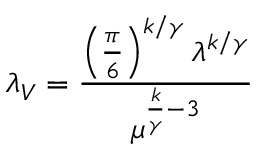
\lambda _ { V } = \frac { \left( \frac { \pi } { 6 } \right) ^ { k / \gamma } \lambda ^ { k / \gamma } } { \mu ^ { \frac { k } { \gamma } - 3 } }